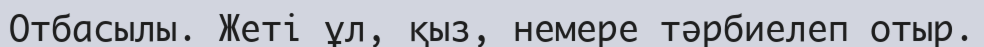
Отбасылы. Жеті ұл, қыз, немере тәрбиелеп отыр.